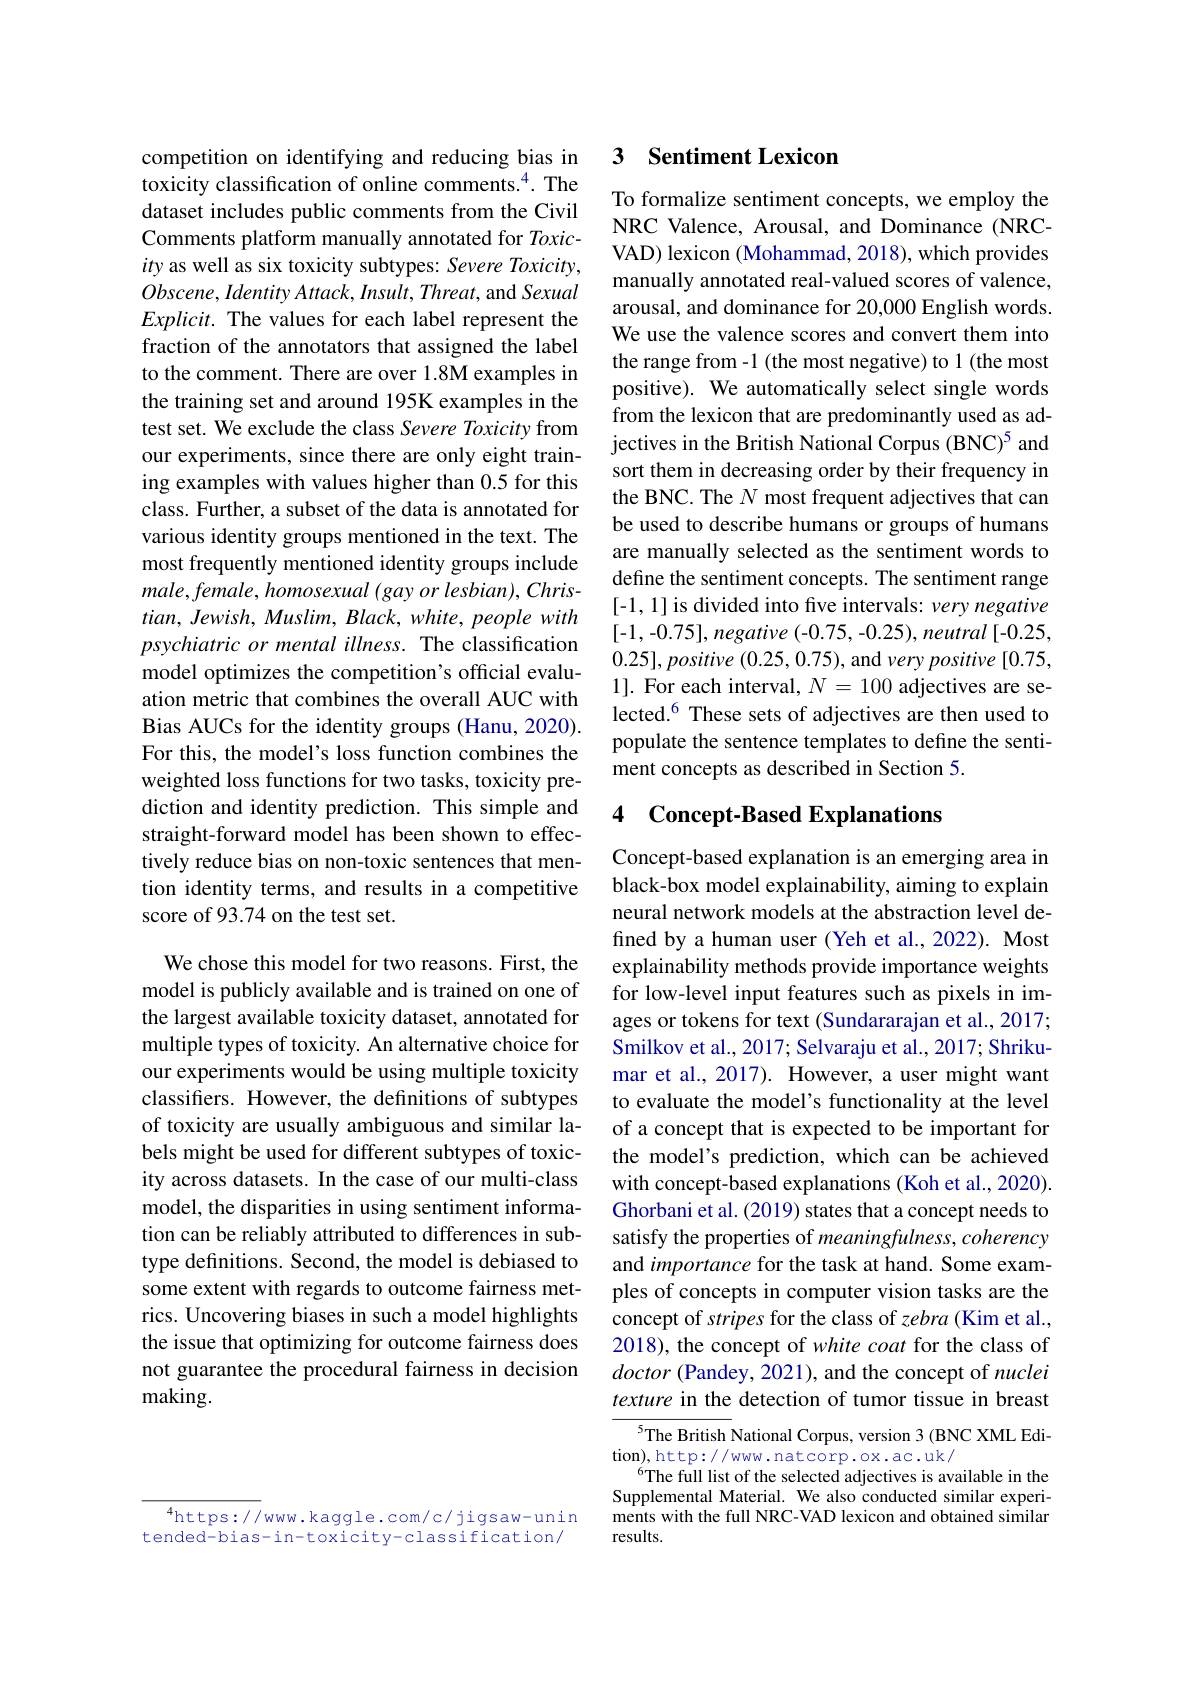
$^{4}$https://www.kaggle.com/c/jigsaw-unin tended-bias-in-toxicity-classification/

competition on identifying and reducing bias in toxicity classification of online comments.$^{4}$ dataset includes public comments from the Civil Comments platform manually annotated for Toxicity as well as six toxicity subtypes: Severe T $Obscene,IdentityAttack,Insult,Threat$, and Sexual $Explicit.$ The values for each label represent the fraction of the annotators that assigned the label to the comment. There are over 1.8M examples in the training set and around 195K examples in the test set. We exclude the class Severe Toxicity from our experiments, since there are only eight training examples with values higher than 0.5 for thi class. Further, a subset of the data is annotated for various identity groups mentioned in the text. T most frequently mentioned identity groups include $male,female,homosexual\left(gayor\right.lesbian),Chris-$ $tian,Jewish,Muslim,Black,white,peoplewith$ psychiatric or mental illness. The classification model optimizes the competition's official evaluation metric that combines the overall AUC with Bias AUCs for the identity groups (Hanu, 2020). For this, the model's loss function combines the weighted loss functions for two tasks, toxicity prediction and identity prediction. This simple and straight-forward model has been shown to effectively reduce bias on non-toxic sentences that mention identity terms, and results in a competitive score of 93.74 on the test set.

We chose this model for two reasons. First, the model is publicly available and is trained on on the largest available toxicity dataset, annotated for multiple types of toxicity. An alternative choic our experiments would be using multiple toxicity classifers. However, the definitions of subtypes of toxicity are usually ambiguous and similar labels might be used for different subtypes of tox ity across datasets. In the case of our multi-class model, the disparities in using sentiment inform tion can be reliably attributed to differences i type definitions. Second, the model is debiased to some extent with regards to outcome fairness metrics. Uncovering biases in such a model highligh the issue that optimizing for outcome fairness does not guarantee the procedural fairness in decisio making.

## 3 Sentiment Lexicon

To formalize sentiment concepts, we employ the NRC Valence, Arousal, and Dominance (NRCVAD) lexicon ( Mohammad, 2018), which provides manually annotated real-valued scores of valence, arousal, and dominance for 20,000 English words. We use the valence scores and convert them into the range from -1 (the most negative) to 1 (the positive). We automatically select single words from the lexicon that are predominantly used as adjectives in the British National Corpus (BNC)$^{5}$ and sort them in decreasing order by their frequency in the BNC. The $N$ most frequent adjectives that can be used to describe humans or groups of humans are manually selected as the sentiment words to define the sentiment concepts. The sentiment range [-1, 1] is divided into five intervals: very neg [-1, -0.75], negative (-0.75, -0.25), neutral [-0.25, $0. 25] , \textit{positive ( 0. 25, 0. 75) , and very positiv}$ 1]. For each interval, $N=100$ adjectives are selected.$^{6}$ These sets of adjectives are then populate the sentence templates to define the sentiment concepts as described in Section 5.

## 4 Concept-Based Explanations

Concept-based explanation is an emerging area in black-box model explainability, aiming to explain neural network models at the abstraction level d fined by a human user ( Yeh et al., 2022). Most explainability methods provide importance weight for low-level input features such as pixels in images or tokens for text (Sundararajan et al., 2017; Smilkov et al., 2017; Selvaraju et al., 2017; Shrikumar et al., 2017). However, a user might want to evaluate the model's functionality at the level of a concept that is expected to be important for the model's prediction, which can be achieved with concept-based explanations (Koh et al., 202 Ghorbani et al. (2019) states that a concept nee satisfy the properties of meaningfulness, cohere and importance for the task at hand. Some examples of concepts in computer vision tasks are the concept of stripes for the class of zebra (Kim et al., 2018), the concept of white coat for the class of doctor (Pandey, 2021), and the concept of nuclei texture in the detection of tumor tissue in breast
$^{5}$The British National Corpus, version 3 (BNC XML Edi-

tion), http: / www. natcorp. ox. ac. uk/
$^{6}$The full list of the selected adjectives i Supplemental Material. We also conducted similar experiments with the full NRC-VAD lexicon and obtained similar results.